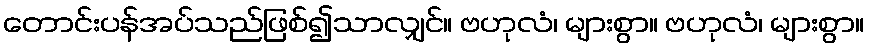
တောင်းပန်အပ်သည်ဖြစ်၍သာလျှင်။ ဗဟုလံ၊ များစွာ။ ဗဟုလံ၊ များစွာ။